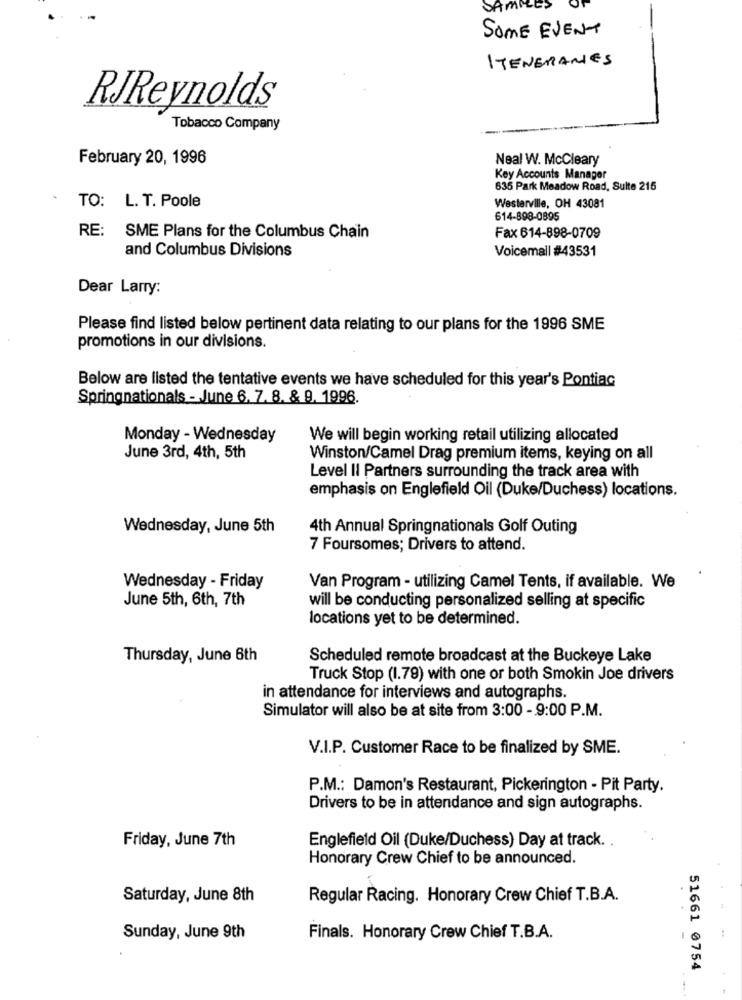
SAMM
SOME EVENT
ITENERANES
RJReynolds
Tobacco Company
February 20, 1996
Neal W. McCleary
Key Accounts Manager
635 Park Meadow Road, Sulte 215
TO: L. T. Poole
Westerville, OH 43081
614-898-0895
RE:
SME Plans for the Columbus Chain
Fax 614-898-0709
and Columbus Divisions
Voicemall #43531
Dear Larry:
Please find listed below pertinent data relating to our plans for the 1996 SME
promotions in our divisions.
Below are listed the tentative events we have scheduled for this year's Pontiac
Springnationals - June 6. 7. 8. & 9, 1996.
Monday - Wednesday
We will begin working retail utilizing allocated
June 3rd, 4th, 5th
Winston/Camel Drag premium items, keying on all
Level Il Partners surrounding the track area with
emphasis on Englefield Oil (Duke/Duchess) locations.
Wednesday, June 5th
4th Annual Springnationals Golf Outing
7 Foursomes; Drivers to attend.
Wednesday - Friday
Van Program - utilizing Camel Tents, if available. We
June 5th, 6th, 7th
will be conducting personalized selling at specific
locations yet to be determined.
Thursday, June 6th
Scheduled remote broadcast at the Buckeye Lake
Truck Stop (1.79) with one or both Smokin Joe drivers
in attendance for interviews and autographs.
Simulator will also be at site from 3:00 - 9:00 P.M.
V.I.P. Customer Race to be finalized by SME.
P.M .: Damon's Restaurant, Pickerington - Pit Party.
Drivers to be in attendance and sign autographs.
Friday, June 7th
Englefield Oil (Duke/Duchess) Day at track. .
Honorary Crew Chief to be announced.
Saturday, June 8th
Regular Racing. Honorary Crew Chief T.B.A.
Sunday, June 9th
Finals. Honorary Crew Chief T.B.A.
51661 0754